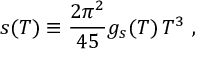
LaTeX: s ( T ) \equiv \frac { 2 \pi ^ { 2 } } { 4 5 } g _ { s } ( T ) \, T ^ { 3 } \ ,